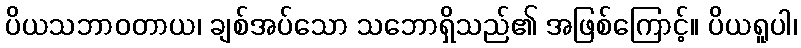
ပိယသဘာဝတာယ၊ ချစ်အပ်သော သဘောရှိသည်၏ အဖြစ်ကြောင့်။ ပိယရူပါ၊